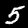
Label: 5